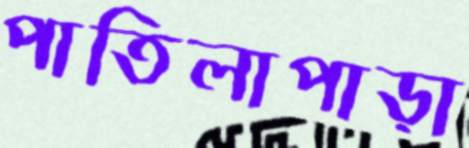
পাতিলাপাড়া